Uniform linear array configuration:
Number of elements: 48
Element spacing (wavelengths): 1
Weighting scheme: uniform
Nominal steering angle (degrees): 15
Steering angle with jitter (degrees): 14.35
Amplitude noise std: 0.05
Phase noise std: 0.05

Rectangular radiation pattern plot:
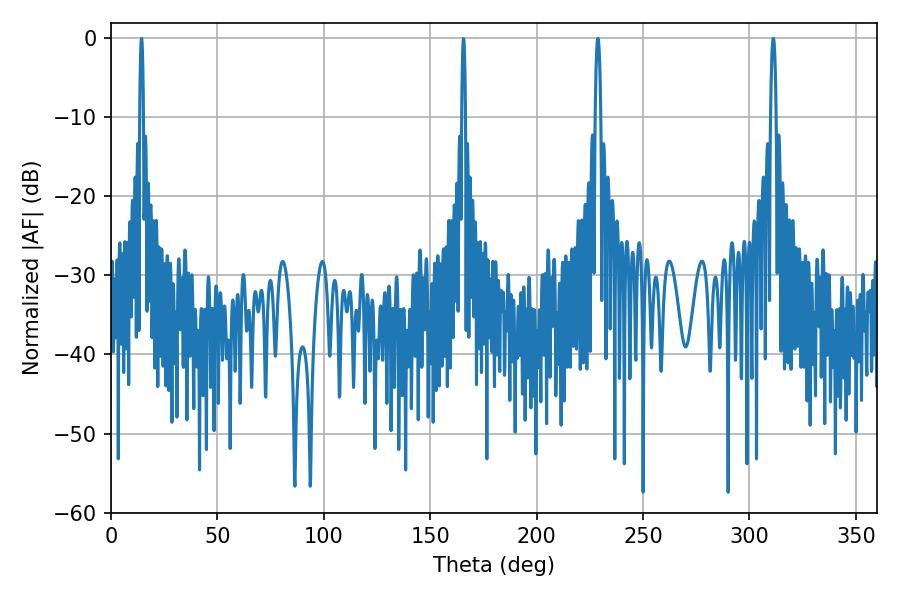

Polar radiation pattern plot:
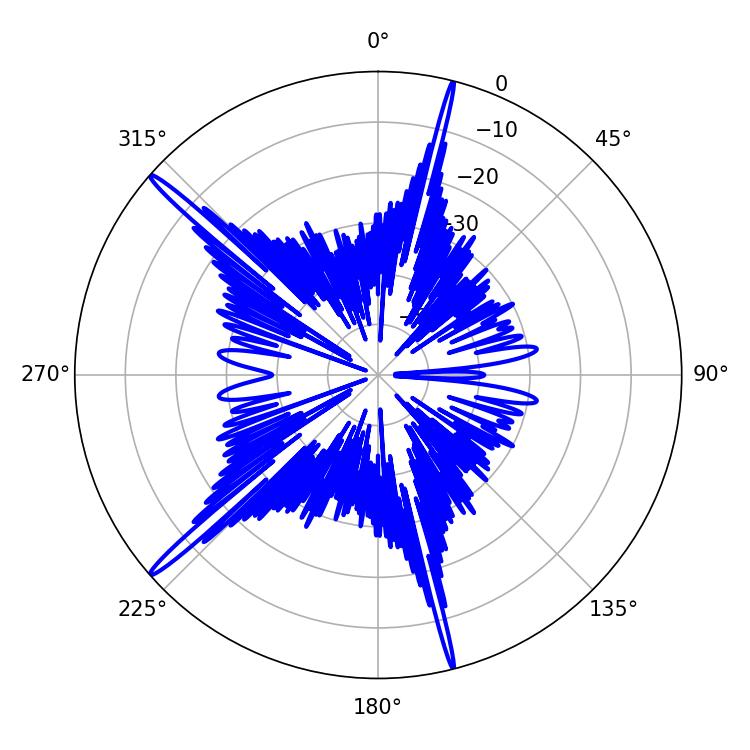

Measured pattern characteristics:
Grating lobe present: TRUE
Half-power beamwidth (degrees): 1.44
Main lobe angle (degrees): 228.78